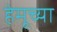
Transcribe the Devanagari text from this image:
हेमूच्या